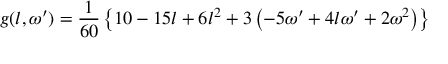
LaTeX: g ( l , \omega ^ { \prime } ) = \frac { 1 } { 6 0 } \left\{ 1 0 - 1 5 l + 6 l ^ { 2 } + 3 \left( - 5 \omega ^ { \prime } + 4 l \omega ^ { \prime } + 2 \omega ^ { 2 } \right) \right\}